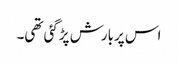
اس پربارش پڑگئی تھی۔